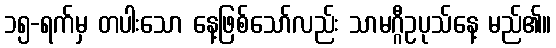
၁၅-ရက်မှ တပါးသော နေ့ဖြစ်သော်လည်း သာမဂ္ဂီဥပုသ်နေ့ မည်၏။